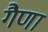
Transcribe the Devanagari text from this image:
गैणा